Civil Veterinary Department. United Provinces 1932-42 - 1932-1942
Year: 1932
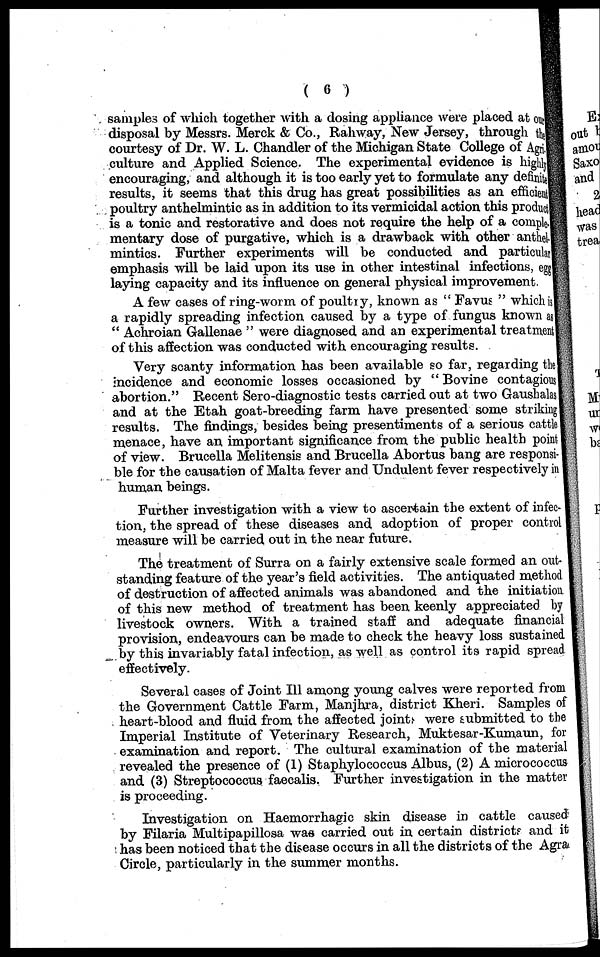
(6)
samples of which together with a dosing appliance were placed at our
disposal by Messrs. Merck & Co., Rahway, New Jersey, through the
courtesy of Dr. W. L. Chandler of the Michigan State College of Agri.
culture and Applied Science. The experimental evidence is highly
encouraging, and although it is too early yet to formulate any definite
results, it seems that this drug has great possibilities as an efficient
poultry anthelmintic as in addition to its vermicidal action this product
is a tonic and restorative and does not require the help of a comple
mentary dose of purgative, which is a drawback with other anthel.
mintics. Further experiments will be conducted and particular
emphasis will be laid upon its use in other intestinal infections, egg
laying capacity and its influence on general physical improvement.
A few cases of ring-worm of poultry, known as " Favus " which is
a rapidly spreading infection caused by a type of fungus known as
" Achroian Gallenae " were diagnosed and an experimental treatment
of this affection was conducted with encouraging results.
Very scanty information has been available so far, regarding the
incidence and economic losses occasioned by "Bovine contagious
abortion." Recent Sero-diagnostic tests carried out at two Gaushalas
and at the Etah goat-breeding farm have presented some striking
results. The findings, besides being presentiments of a serious cattle
menace, have an important significance from the public health point
of view. Brucella Melitensis and Brucella Abortus bang are responsi-
ble for the causation of Malta fever and Undulent fever respectively in
human beings.
Further investigation with a view to ascertain the extent of infec-
tion, the spread of these diseases and adoption of proper control
measure will be carried out in the near future.
The treatment of Surra on a fairly extensive scale formed an out-
standing feature of the year's field activities. The antiquated method
of destruction of affected animals was abandoned and the initiation
of this new method of treatment has been keenly appreciated by
livestock owners. With a trained staff and adequate financial
provision, endeavours can be made to check the heavy loss sustained
by this invariably fatal infection, as well as control its rapid spread
effectively.
Several cases of Joint 111 among young calves were reported from
the Government Cattle Farm, Manjhra, district Kheri. Samples of
heart-blood and fluid from the affected joint were submitted to the
Imperial Institute of Veterinary Research, Muktesar-Kumaun, for
examination and report. The cultural examination of the material
revealed the presence of (1) Staphylococcus Albus, (2) A micrococcus
and (3) Streptococcus faecalis. Further investigation in the matter
is proceeding.
Investigation on Haemorrhagic skin disease in cattle caused
by Filaria Multipapillosa was carried out in certain districts and it
has been noticed that the disease occurs in all the districts of the Agra
Circle, particularly in the summer months.